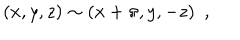
( x , y , z ) \sim ( x + \pi , y , - z ) \ \ ,